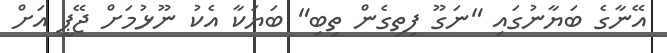
އޭނާގެ ބަޔާނުގައި "ނަގޫ ފިތިގެން ތިބި" ބަޔަކާ އެކު ނޫޅުމަށް ޖޭޕީ އަށް